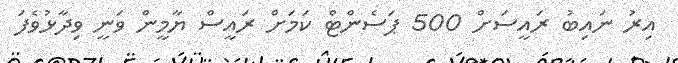
އިރު ނައިބު ރައީސަށް 500 ޕަސެންޓް ކަމަށް ރައީސް ޔާމީން ވަނީ ވިދާޅުވެފަ